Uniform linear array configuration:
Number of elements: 48
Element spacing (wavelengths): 0.5
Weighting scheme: binomial
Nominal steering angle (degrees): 60
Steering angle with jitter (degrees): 58.861
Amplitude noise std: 0.05
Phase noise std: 0.05

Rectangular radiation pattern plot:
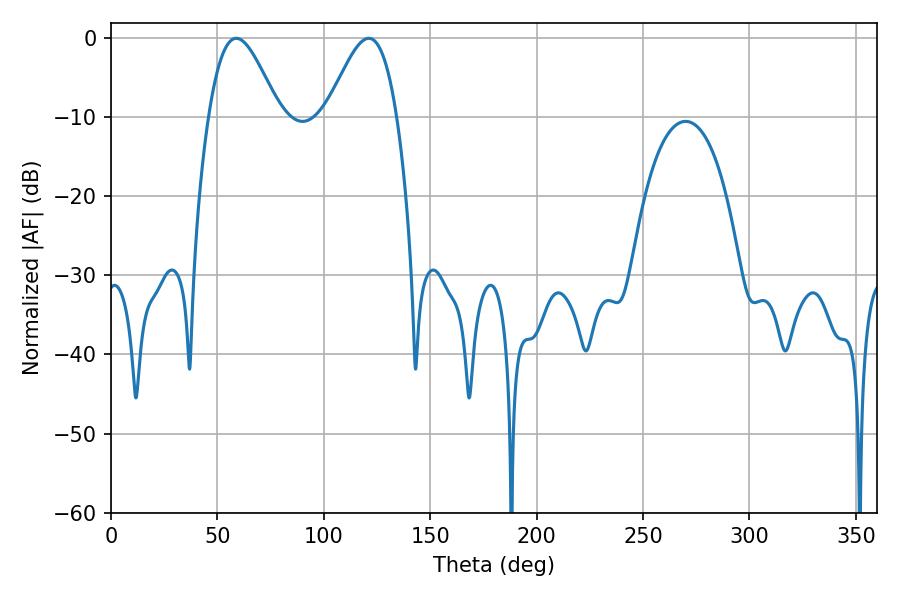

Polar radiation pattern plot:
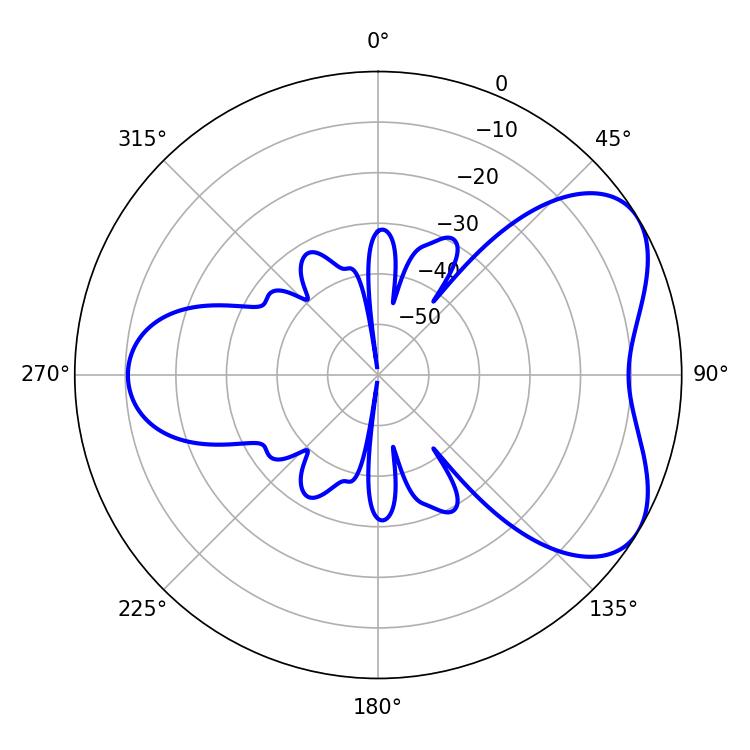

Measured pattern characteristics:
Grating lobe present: FALSE
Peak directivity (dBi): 5.392
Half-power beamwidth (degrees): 17.46
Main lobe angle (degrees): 58.86